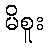
မိစူး